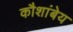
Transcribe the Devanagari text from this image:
कौशांबेय